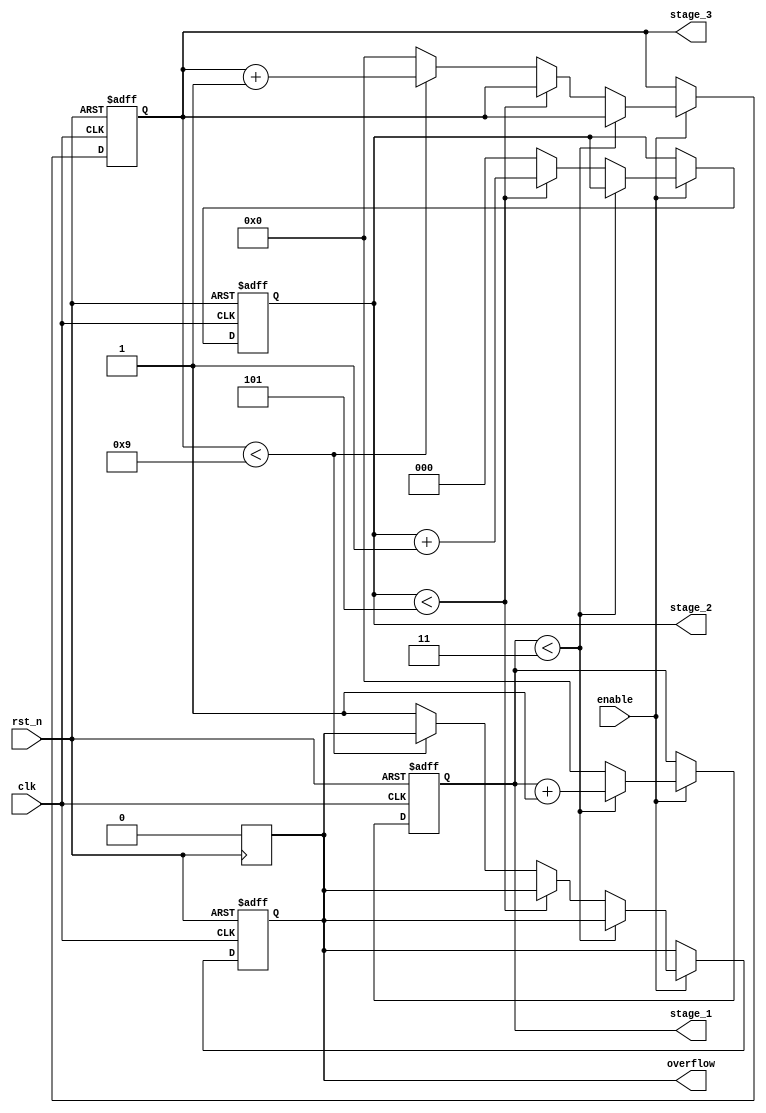
module mixed_radix_counter (
    input wire clk,              // Clock signal
    input wire rst_n,            // Asynchronous reset (active low)
    input wire enable,           // Enable signal for counting
    output reg [3:0] stage_1,   // Stage 1 output (4 states: 0-3)
    output reg [2:0] stage_2,   // Stage 2 output (6 states: 0-5)
    output reg [3:0] stage_3,   // Stage 3 output (10 states: 0-9)
    output reg overflow          // Overflow signal
);

    // Radix values for each stage
    localparam R1 = 4;          // Stage 1 radix
    localparam R2 = 6;          // Stage 2 radix
    localparam R3 = 10;         // Stage 3 radix

    // Sequential logic for counting
    always @(posedge clk or negedge rst_n) begin
        if (!rst_n) begin
            // Asynchronous reset
            stage_1 <= 0;
            stage_2 <= 0;
            stage_3 <= 0;
            overflow <= 0;
        end else if (enable) begin
            // Counting logic
            if (stage_1 < R1 - 1) begin
                stage_1 <= stage_1 + 1;
            end else begin
                stage_1 <= 0; // Reset stage_1
                
                if (stage_2 < R2 - 1) begin
                    stage_2 <= stage_2 + 1;
                end else begin
                    stage_2 <= 0; // Reset stage_2
                    
                    if (stage_3 < R3 - 1) begin
                        stage_3 <= stage_3 + 1;
                    end else begin
                        stage_3 <= 0; // Reset stage_3
                        overflow <= 1; // Set overflow
                    end
                end
            end
        end
    end

    // Clear overflow on reset
    always @(posedge rst_n) begin
        overflow <= 0;
    end

endmodule